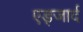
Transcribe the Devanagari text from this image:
एड्जार्द